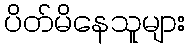
ပိတ်မိနေသူများ